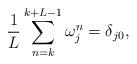
LaTeX: \begin{align*} \frac{1}{L} \sum_{n=k}^{k+L-1}\omega_j^n=\delta_{j0}, \end{align*}